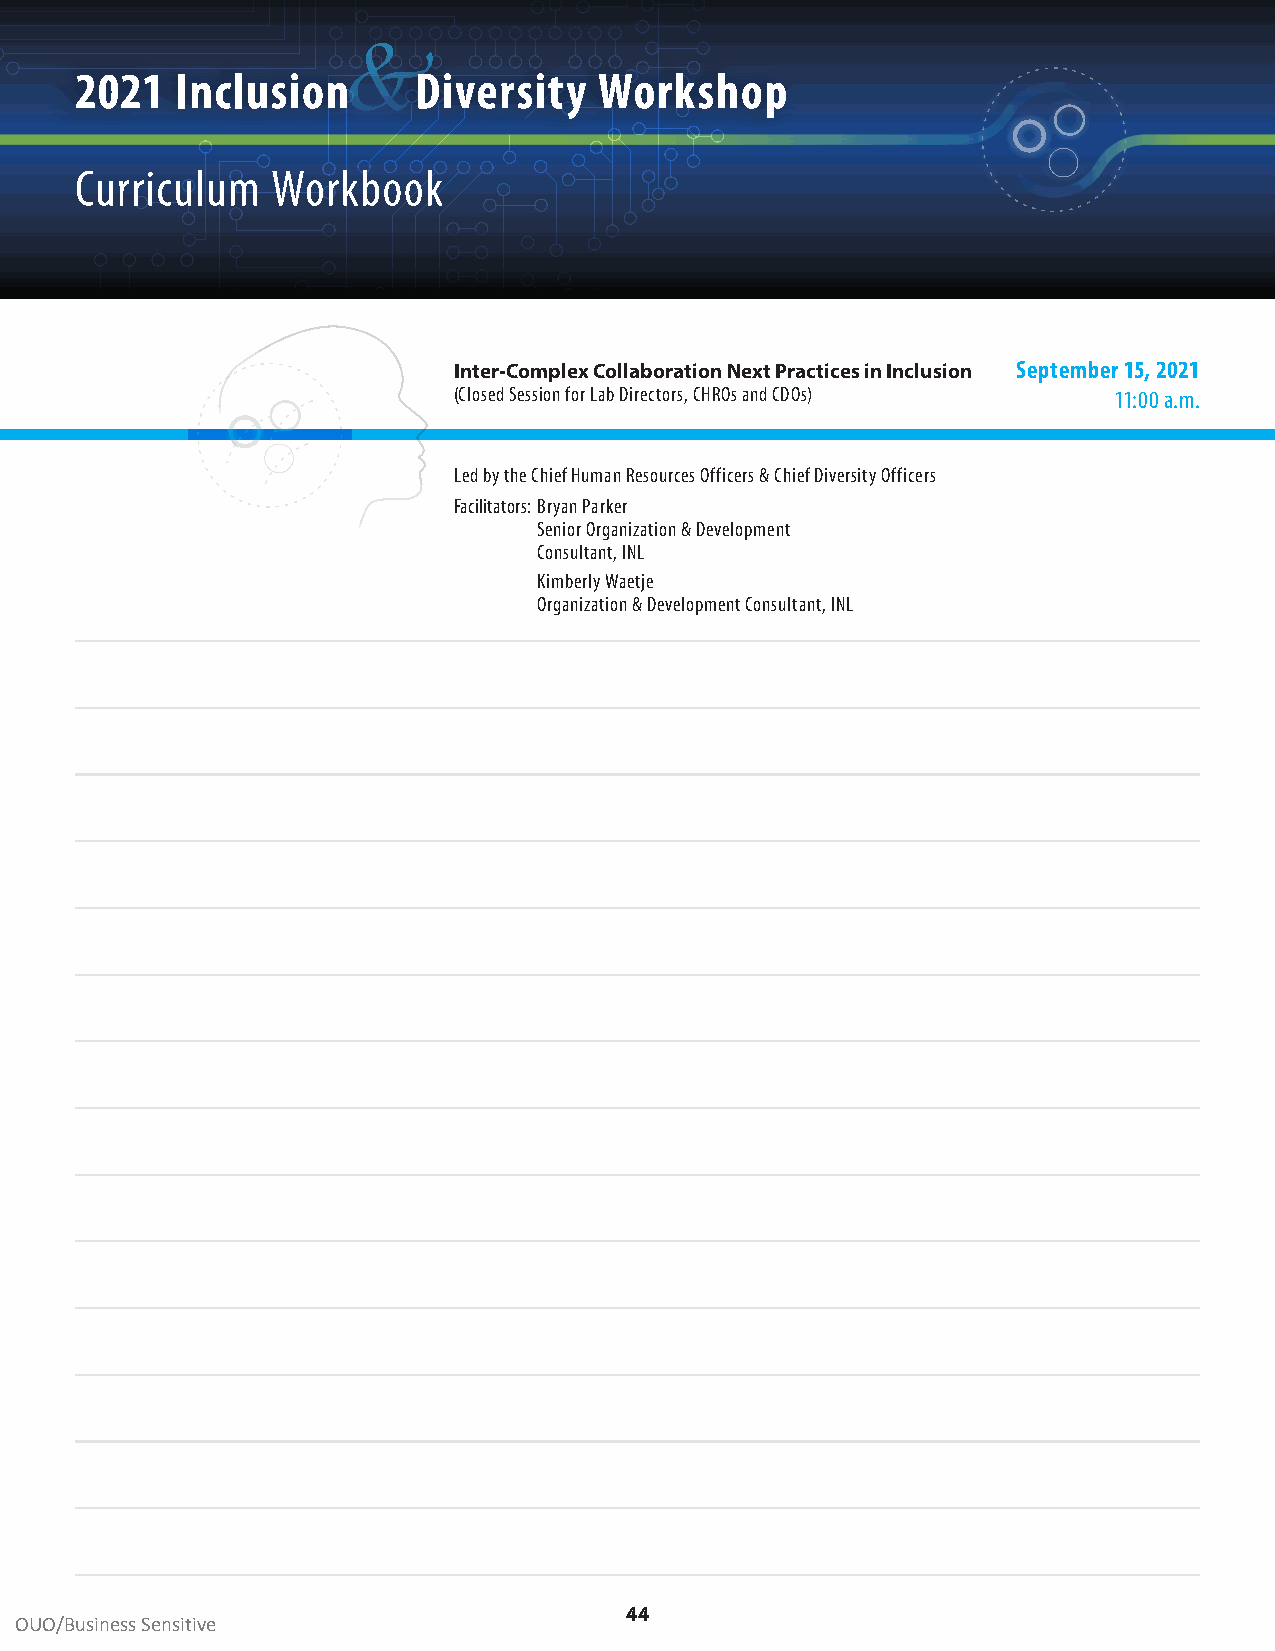
&
 2021   Inclusion      Diversity    Workshop
 Curriculum   Workbook
 Inter-Complex Collaboration Next Practices in Inclusion September 15, 2021
 (Closed Session for Lab Directors, CHROs and CDOs) 11:00 a .m .
 Led by the Chief Human Resources Officers & Chief Diversity Officers
 Facilitators: Bryan Parker
 Senior Organization & Development
 Consultant, INL
 Kimberly Waetje
 Organization & Development Consultant, INL
 44
 OUO/Business Sensitive